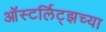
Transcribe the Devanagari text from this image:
ऑस्टर्लिट्झच्या